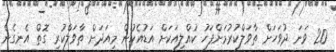
20 ވަނަ ދުވަހަށް ތާވަލްކުރުމަށްފަހު ކުއްލިއަކަށް އަޑުއެހުން މިއަދަށް ތާވަލްކުރި ގޮތް އެނގެން